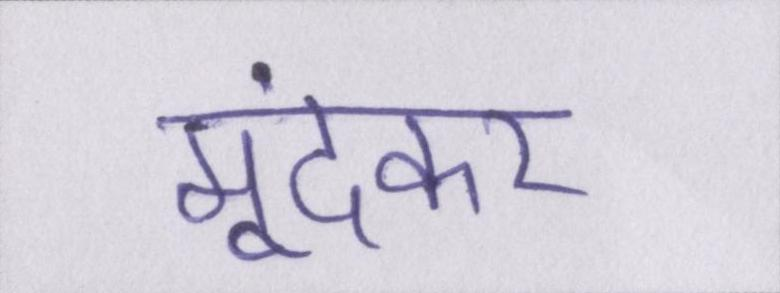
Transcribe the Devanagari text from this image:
मूंदकर